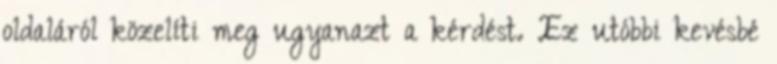
oldaláról közelíti meg ugyanazt a kérdést. Ez utóbbi kevésbé